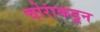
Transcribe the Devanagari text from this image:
चोरांकडून